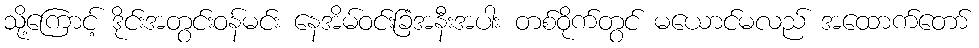
သို့ကြောင့် ဒိုင်းအတွင်းဝန်မင်း နေအိမ်ဝင်းခြံအနီးအပါး တစ်ဝိုက်တွင် မယောင်မလည် အထောက်တော်